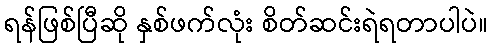
ရန်ဖြစ်ပြီဆို နှစ်ဖက်လုံး စိတ်ဆင်းရဲရတာပါပဲ။